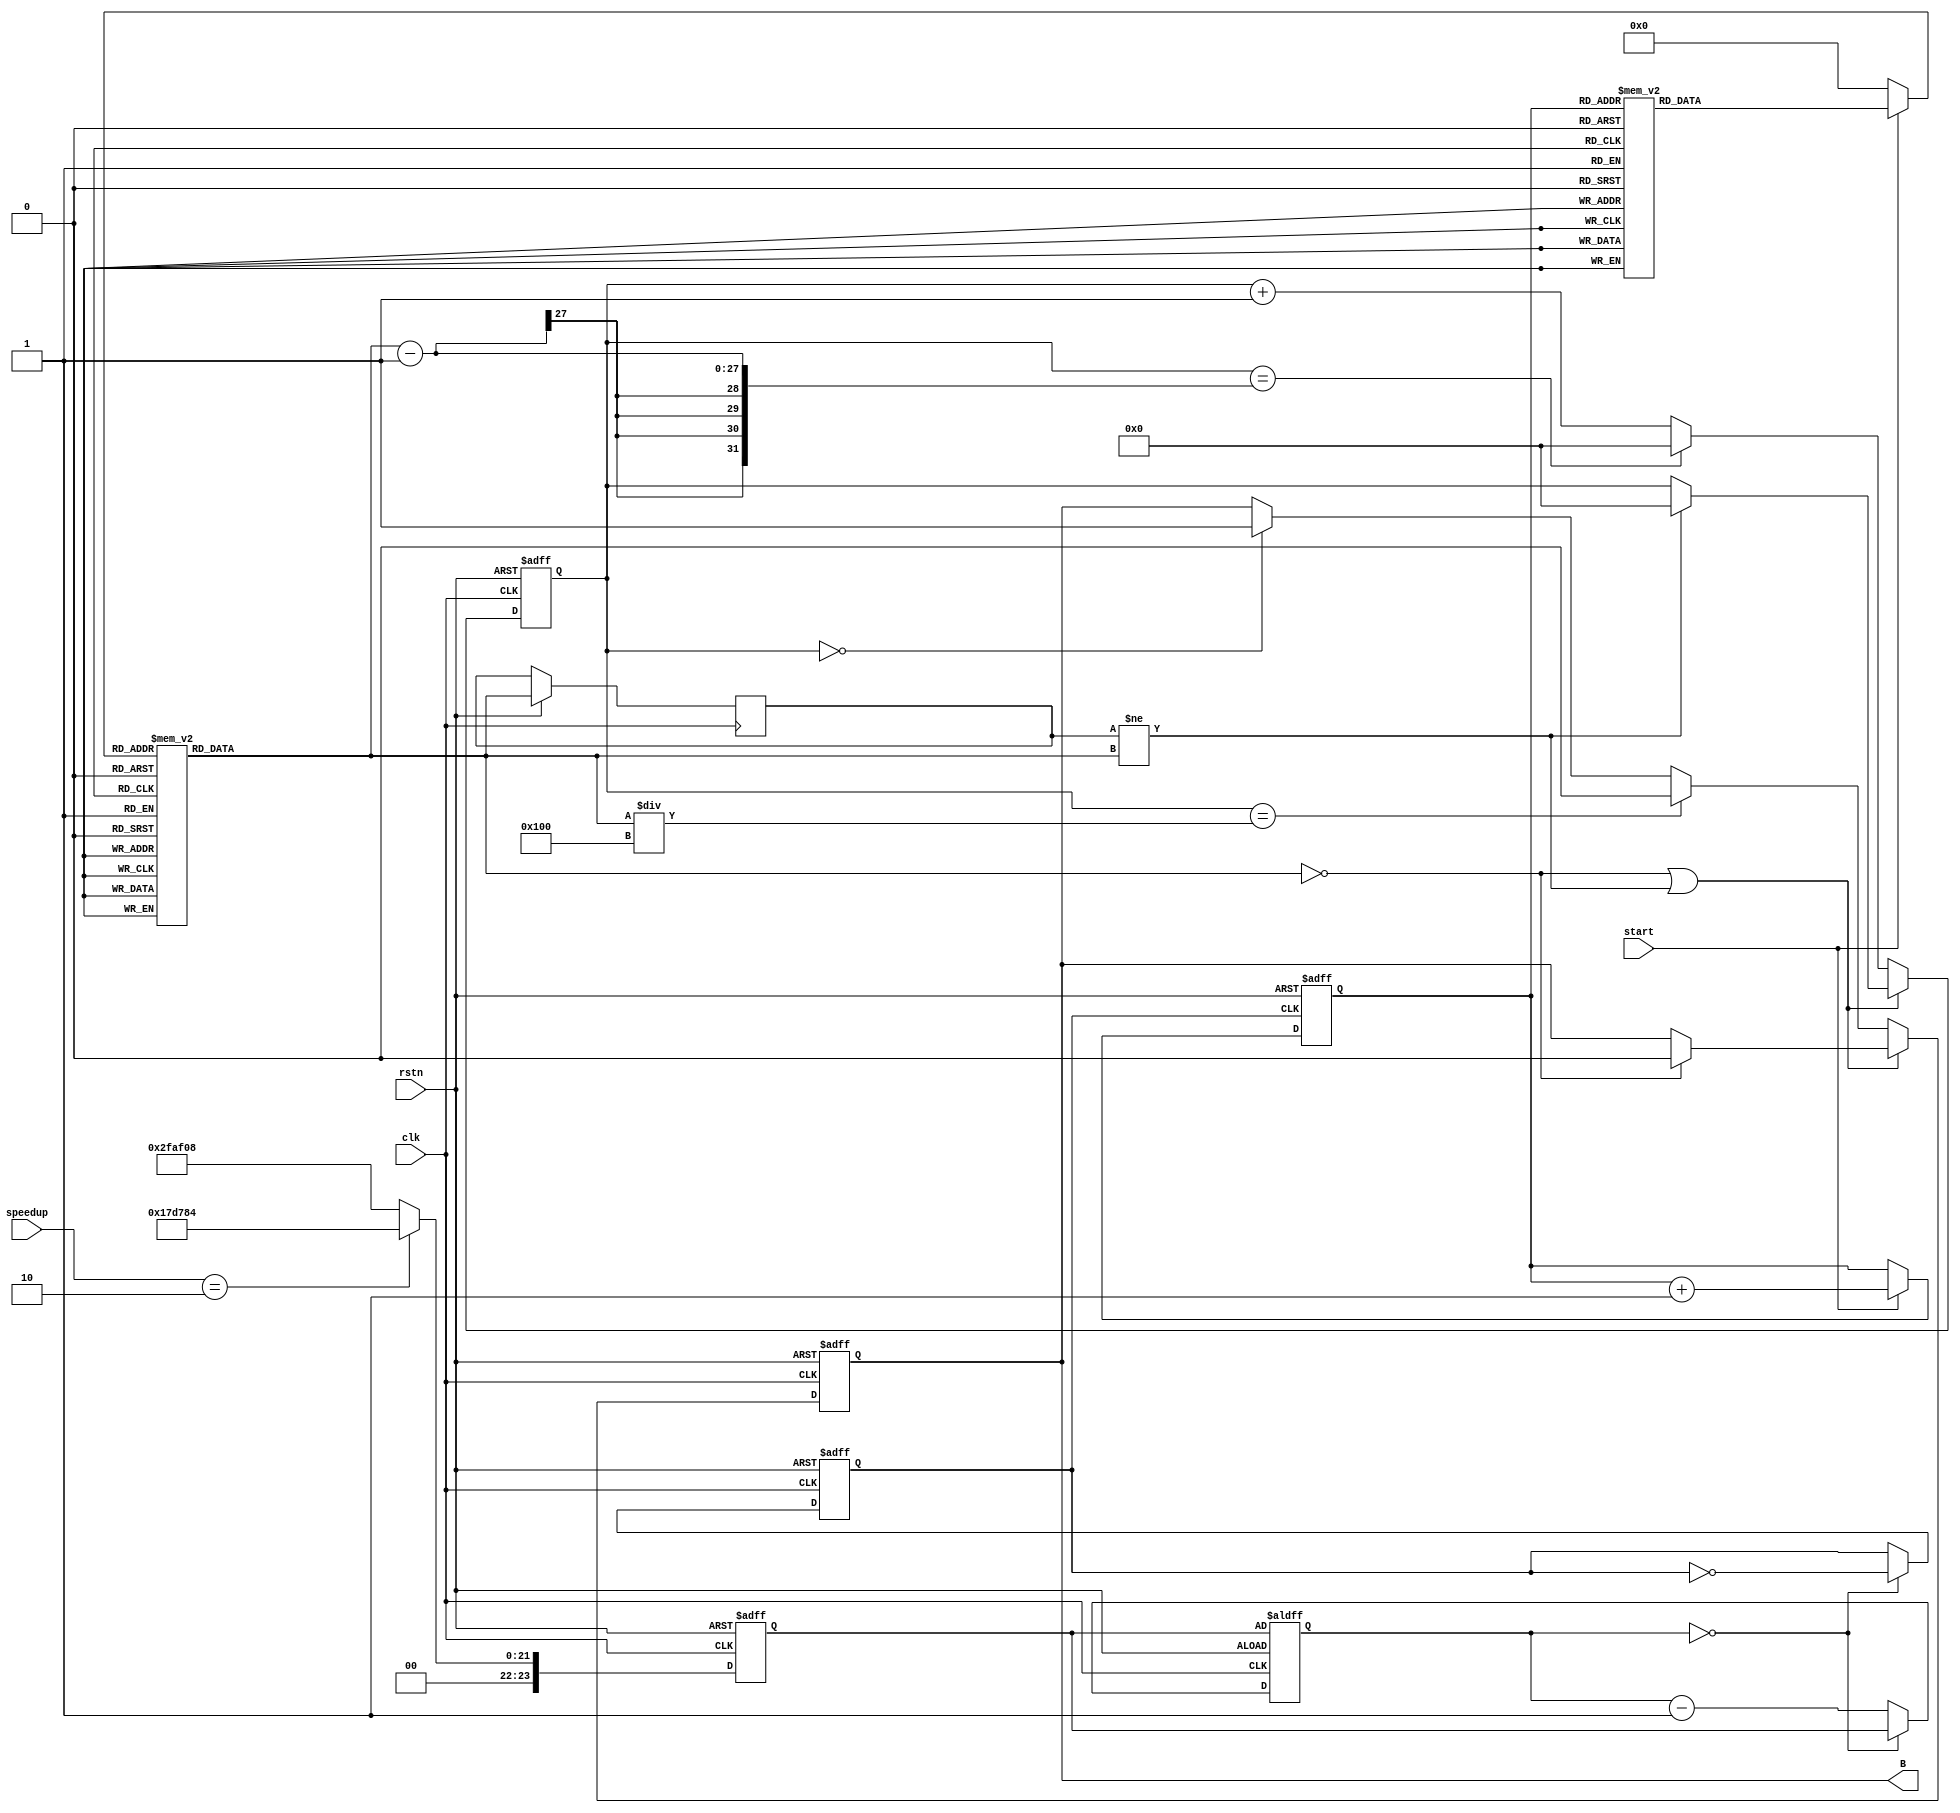
module MUSIC(
    input clk,
    input start,
    input rstn,             
    input [2:0]speedup,
    output reg B
);
    reg [24:1]t;
    reg [24:1]total;
    reg clk_out;

    always@(posedge clk,negedge rstn)
        if(~rstn) total<=3125000;
        // else if(speedup==1) total<=3125000;
        else if(speedup==2) total<=1562500;
        else total<=3125000;

    always@(posedge clk,negedge rstn)
        if(~rstn) begin clk_out<=0;t<=total; end
        else if(t==0) begin clk_out<=~clk_out;t<=total; end
        else begin t<=t-1; end


    reg [8:1]state;
    always@(posedge clk_out,negedge rstn)         
        if(~rstn) state<=0;
        else if(start) 
            // if(state!=247)
            state<=state+1;
            // else state<=0;
 
    reg [5:1]m;
    always@(*)
    if(start)
        case(state) 
        0	:m=17;
        1	:m=17;
        2	:m=17;
        3	:m=17;
        4	:m=14;
        5	:m=14;
        6	:m=15;
        7	:m=15;
                 
        8	:m=16;
        9	:m=16;
        10	:m=17;
        11	:m=16;
        12	:m=15;
        13	:m=15;
        14	:m=14;
        15	:m=14;
                 
        16	:m=13;
        17	:m=13;
        18	:m=13;
        19	:m=13;
        20	:m=13;
        21	:m=13;
        22	:m=15;
        23	:m=15;
                 
        24	:m=17;
        25	:m=17;
        26	:m=17;
        27	:m=17;
        28	:m=16;
        29	:m=16;
        30	:m=15;
        31	:m=15;
                 
        32	:m=14;
        33	:m=14;
        34	:m=14;
        35	:m=14;
        36	:m=14;
        37	:m=14;
        38	:m=15;
        39	:m=15;
                 
        40	:m=16;
        41	:m=16;
        42	:m=16;
        43	:m=16;
        44	:m=17;
        45	:m=17;
        46	:m=17;
        47	:m=17;
                 
        48	:m=15;
        49	:m=15;
        50	:m=15;
        51	:m=15;
        52	:m=13;
        53	:m=13;
        54	:m=13;
        55	:m=13;

        56	:m=13;
        57	:m=13;
        58	:m=13;
        59	:m=13;
        60	:m=13;
        61	:m=13;
        62	:m=13;
        63	:m=13;

        64	:m=0;
        65	:m=0;
        66	:m=16;
        67	:m=16;
        68	:m=16;
        69	:m=16;
        70	:m=18;
        71	:m=18;

        72	:m=20;
        73	:m=20;
        74	:m=20;
        75	:m=20;
        76	:m=19;
        77	:m=19;
        78	:m=18;
        79	:m=18;

        80	:m=17;
        81	:m=17;
        82	:m=17;
        83	:m=17;
        84	:m=17;
        85	:m=17;
        86	:m=15;
        87	:m=15;

        88	:m=17;
        89	:m=17;
        90	:m=17;
        91	:m=17;
        92	:m=16;
        93	:m=16;
        94	:m=15;
        95	:m=15;

        96	:m=14;
        97	:m=14;
        98	:m=14;
        99	:m=14;
        100	:m=14;
        101	:m=14;
        102	:m=15;
        103	:m=15;

        104	:m=16;
        105	:m=16;
        106	:m=16;
        107	:m=16;
        108	:m=17;
        109	:m=17;
        110	:m=17;
        111	:m=17;

        112	:m=15;
        113	:m=15;
        114	:m=15;
        115	:m=15;
        116	:m=13;
        117	:m=13;
        118	:m=13;
        119	:m=13;

        120	:m=13;
        121	:m=13;
        122	:m=13;
        123	:m=13;
        124	:m=0;
        125	:m=0;
        126	:m=0;
        127	:m=0;

        128	:m=10;
        129	:m=10;
        130	:m=10;
        131	:m=10;
        132	:m=10;
        133	:m=10;
        134	:m=10;
        135	:m=10;

        136	:m=8;
        137	:m=8;
        138	:m=8;
        139	:m=8;
        140	:m=8;
        141	:m=8;
        142	:m=8;
        143	:m=8;

        144	:m=9;
        145	:m=9;
        146	:m=9;
        147	:m=9;
        148	:m=9;
        149	:m=9;
        150	:m=9;
        151	:m=9;

        152	:m=7;
        153	:m=7;
        154	:m=7;
        155	:m=7;
        156	:m=7;
        157	:m=7;
        158	:m=7;
        159	:m=7;

        160	:m=8;
        161	:m=8;
        162	:m=8;
        163	:m=8;
        164	:m=8;
        165	:m=8;
        166	:m=8;
        167	:m=8;

        168	:m=6;
        169	:m=6;
        170	:m=6;
        171	:m=6;
        172	:m=6;
        173	:m=6;
        174	:m=6;
        175	:m=6;

        176	:m=30;//5.5
        177	:m=30;//5.5
        178	:m=30;//5.5
        179	:m=30;//5.5
        180	:m=30;//5.5
        181	:m=30;//5.5
        182	:m=30;//5.5
        183	:m=30;//5.5

        184	:m=7;
        185	:m=7;
        186	:m=7;
        187	:m=7;
        188	:m=0;
        189	:m=0;
        190	:m=0;
        191	:m=0;

        192	:m=10;
        193	:m=10;
        194	:m=10;
        195	:m=10;
        196	:m=10;
        197	:m=10;
        198	:m=10;
        199	:m=10;

        200	:m=8;
        201	:m=8;
        202	:m=8;
        203	:m=8;
        204	:m=8;
        205	:m=8;
        206	:m=8;
        207	:m=8;

        208	:m=9;
        209	:m=9;
        210	:m=9;
        211	:m=9;
        212	:m=9;
        213	:m=9;
        214	:m=9;
        215	:m=9;

        216	:m=7;
        217	:m=7;
        218	:m=7;
        219	:m=7;
        220	:m=7;
        221	:m=7;
        222	:m=7;
        223	:m=7;
        
        224	:m=8;
        225	:m=8;
        226 :m=8;
        227 :m=8;
        228	:m=10;
        229	:m=10;
        230 :m=10;
        231 :m=10;

        232	:m=13;
        233	:m=13;
        234	:m=13;
        235	:m=13;
        236	:m=13;
        237	:m=13;
        238	:m=13;
        239	:m=13;
        240	:m=31;//12.5
        241	:m=31;//12.5
        242	:m=31;//12.5
        243	:m=31;//12.5
        244	:m=31;//12.5
        245	:m=31;//12.5
        246	:m=31;//12.5
        247	:m=31;//12.5
        248	:m=0;
        249	:m=0;
        250	:m=0;
        251	:m=0;
        252 :m=0;
        253 :m=0;
        254 :m=0;
        255 :m=0;
        default: m=0;
        endcase
    else m=0;

    reg [27:1]q;
    always@(*)
    begin
        case(m)
        0 :q=0;
        1 :q=100000000/261 ; //261.6HZ do//10000000
        2 :q=100000000/293 ; //293.7HZ ri           
        3 :q=100000000/329 ; //329.6HZ mi 
        4 :q=100000000/349 ; //349.2HZ fa               
        5 :q=100000000/392 ; //392HZ so                  
        6 :q=100000000/440 ; //440HZ la              
        7 :q=100000000/499 ; //493.9HZ xi  
        8 :q=100000000/523 ; //523.3HZdo
        9 :q=100000000/587 ; //587.3HZ ri          
        10:q=100000000/659 ; //659.3HZ mi        
        11:q=100000000/698 ; //698.5HZ fa
        12:q=100000000/784 ; //784HZ so      
        13:q=100000000/880 ; //880HZ la            
        14:q=100000000/998 ; //987.8HZ xi
        15:q=100000000/1046; //1045.4HZ do      
        16:q=100000000/1174; //1174.7HZ ri         
        17:q=100000000/1318; //1318.5HZ mi
        18:q=100000000/1396; //1396.3HZ fa         
        19:q=100000000/1568; //1568HZ so           
        20:q=100000000/1760; //1760HZ la              
        21:q=100000000/1976; //1975.5HZ xi  
        30:q=100000000/415;  //5.5
        31:q=100000000/831;  //12.5                  
        default:q=0;
        endcase    
    end
 
    reg [27:1]p;
    reg [27:1]tt;
    always@(posedge clk,negedge rstn)      
    begin
        if(~rstn) begin B<=0;p<=0; end
        else begin
            tt<=q;
            if(q==0||tt!=q)
            begin
                if(q==0) begin B<=0; end
                if(tt!=q) begin p<=0; end
            end
            else
            begin 
                if(p==q-1) p<=0;
                else p<=p+1;
                if(p==0) B<=1;
                if(p==q/256) B<=0;//
            end
        end
    end 

endmodule